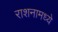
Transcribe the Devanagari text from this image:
राशनामध्ये